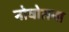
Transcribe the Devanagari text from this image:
नोवोतना